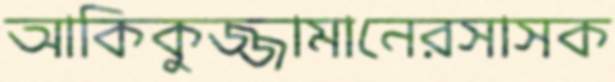
আকিকুজ্জামানেরসাসক